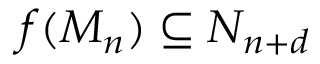
f ( M _ { n } ) \subseteq N _ { n + d }